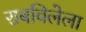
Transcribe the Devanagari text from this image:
राबविलेला